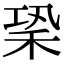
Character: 䅃